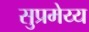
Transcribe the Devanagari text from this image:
सुप्रमेय्य